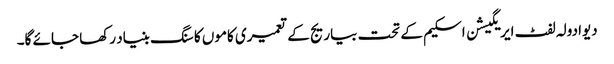
دیوادولہ لفٹ ایریگیشن اسکیم کے تحت بیاریج کے تعمیری کاموں کا سنگ بنیاد رکھا جائے گا۔